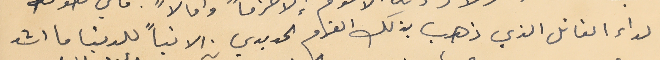
الداء القاتل الذي ذهب بذلك العزم الحديدي . الا تباً للدنيا ما اشد